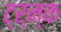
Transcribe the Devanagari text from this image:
ट्र्न्क